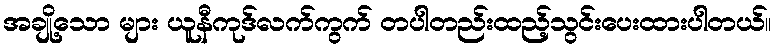
အချို့သော များ ယူနီကုဒ်လက်ကွက် တပါတည်းထည့်သွင်းပေးထားပါတယ်။